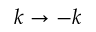
k \to - k